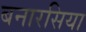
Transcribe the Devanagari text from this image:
बनारसिया